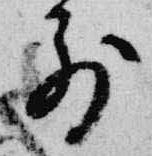
前